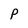
Character: P